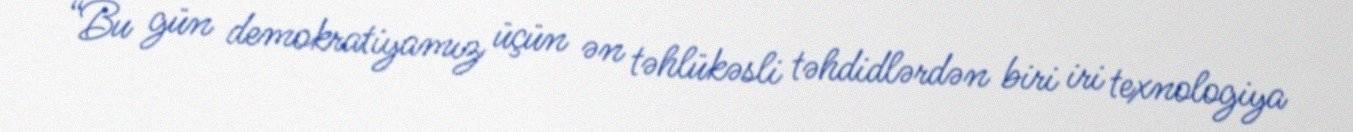
“Bu gün demokratiyamız üçün ən təhlükəsli təhdidlərdən biri iri texnologiya